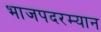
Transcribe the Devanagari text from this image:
भाजपदरम्यान